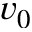
v _ { 0 }